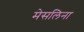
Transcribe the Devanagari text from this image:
मेसलिना